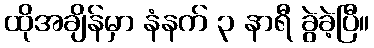
ထိုအချိန်မှာ နံနက် ၃ နာရီ ခွဲခဲ့ပြီ။